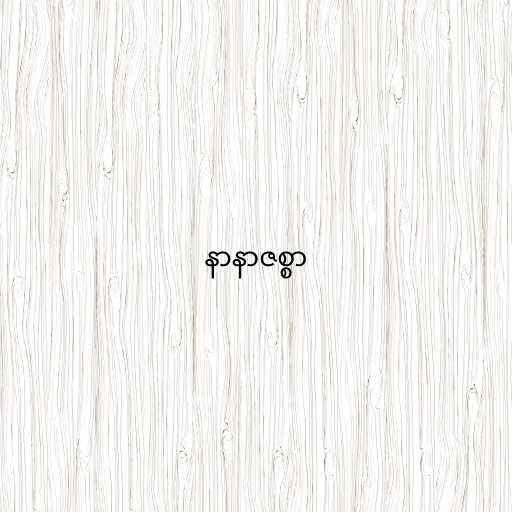
နာနာဇစ္စာ